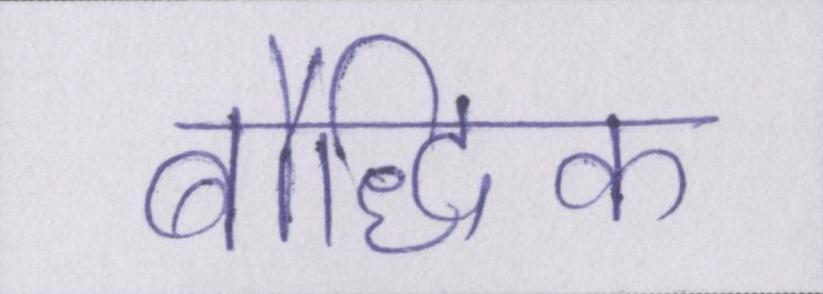
बौद्धिक